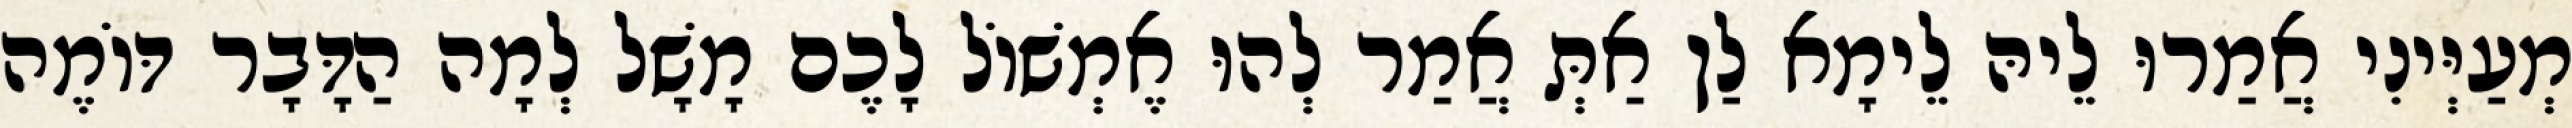
מְעַיְּינִי אֲמַרוּ לֵיהּ לֵימָא לַן אַתְּ אֲמַר לְהוּ אֶמְשׁוֹל לָכֶם מָשָׁל לְמָה הַדָּבָר דּוֹמֶה